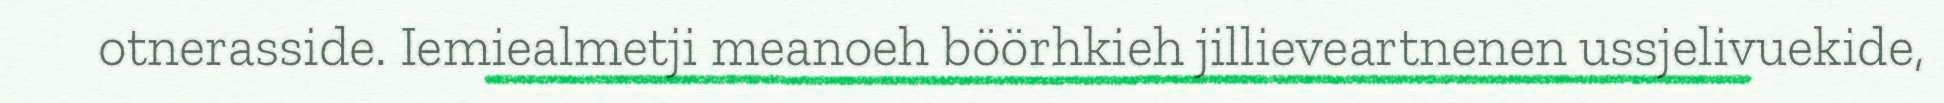
otnerasside. Iemiealmetji meanoeh böörhkieh jillieveartnenen ussjelivuekide,